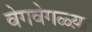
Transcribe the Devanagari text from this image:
वेगवेगळ्य़ा